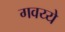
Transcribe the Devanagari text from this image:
गवय्ये